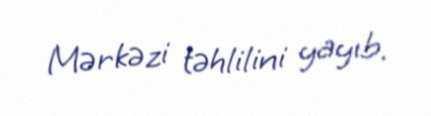
Mərkəzi təhlilini yayıb.